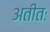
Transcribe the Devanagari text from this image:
अतीतः